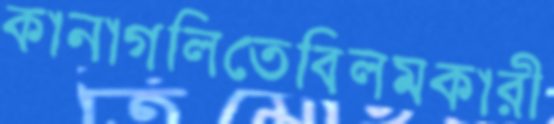
কানাগলিতেবিলম্বকারী